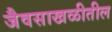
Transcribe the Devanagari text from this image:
जैवसाखळीतील